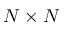
N \times N